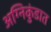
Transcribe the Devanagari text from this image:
अग्निकुंडात